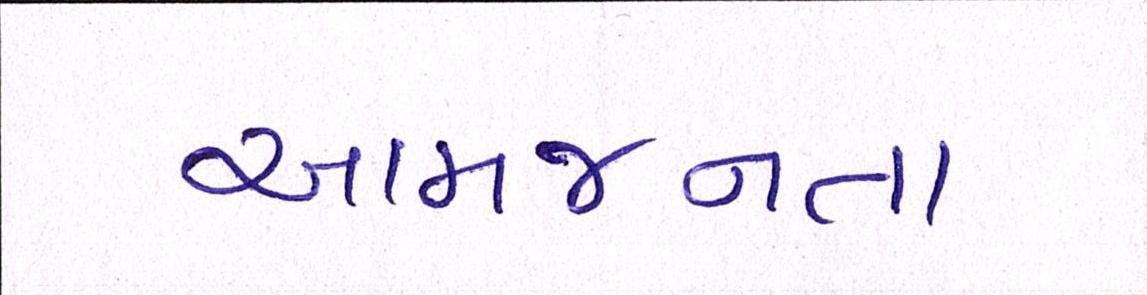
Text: આમજનતા